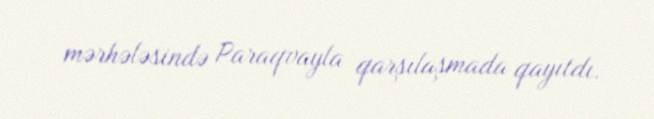
mərhələsində Paraqvayla qarşılaşmada qayıtdı.